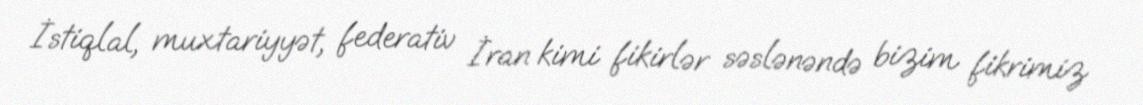
İstiqlal, muxtariyyət, federativ İran kimi fikirlər səslənəndə bizim fikrimiz